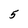
Character: 5